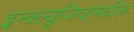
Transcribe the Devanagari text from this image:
इन्क्ल्यूजिव्हमधील